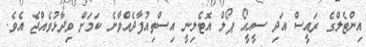
އިންޓެލްގެ ރައީސް އަދި ސީއީއޯ ޕޯލް އޮޓެލިނީ އިސްތިއުފާދެއްވާނެ ކަމަށް ވިދާޅުވެއްޖެ އެވެ.